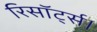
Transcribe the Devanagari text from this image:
रिसॉर्ट्स।